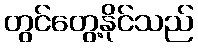
တွင်တွေ့နိုင်သည်